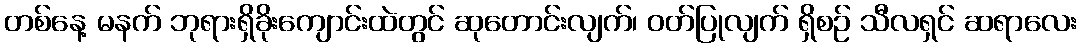
တစ်နေ့ မနက် ဘုရားရှိခိုးကျောင်းထဲတွင် ဆုတောင်းလျက်၊ ဝတ်ပြုလျက် ရှိစဉ် သီလရှင် ဆရာလေး